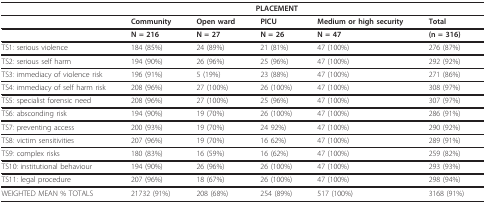
<table><thead><tr><td></td><td colspan="4"><b>PLACEMENT</b></td><td></td></tr></thead><tbody><tr><td></td><td><b>Community</b></td><td><b>Open ward</b></td><td><b>PICU</b></td><td><b>Medium or high security</b></td><td><b>Total</b></td></tr><tr><td></td><td><b>N = 216</b></td><td><b>N = 27</b></td><td><b>N = 26</b></td><td><b>N = 47</b></td><td><b>(n = 316)</b></td></tr><tr><td>TS1: serious violence</td><td>184 (85%)</td><td>24 (89%)</td><td>21 (81%)</td><td>47 (100%)</td><td>276 (87%)</td></tr><tr><td>TS2: serious self harm</td><td>194 (90%)</td><td>26 (96%)</td><td>25 (96%)</td><td>47 (100%)</td><td>292 (92%)</td></tr><tr><td>TS3: immediacy of violence risk</td><td>196 (91%)</td><td>5 (19%)</td><td>23 (88%)</td><td>47 (100%)</td><td>271 (86%)</td></tr><tr><td>TS4: immediacy of self harm risk</td><td>208 (96%)</td><td>27 (100%)</td><td>26 (100%)</td><td>47 (100%)</td><td>308 (97%)</td></tr><tr><td>TS5: specialist forensic need</td><td>208 (96%)</td><td>27 (100%)</td><td>25 (96%)</td><td>47 (100%)</td><td>307 (97%)</td></tr><tr><td>TS6: absconding risk</td><td>194 (90%)</td><td>19 (70%)</td><td>26 (100%)</td><td>47 (100%)</td><td>286 (91%)</td></tr><tr><td>TS7: preventing access</td><td>200 (93%)</td><td>19 (70%)</td><td>24 92%)</td><td>47 (100%)</td><td>290 (92%)</td></tr><tr><td>TS8: victim sensitivities</td><td>207 (96%)</td><td>19 (70%)</td><td>16 62%)</td><td>47 (100%)</td><td>289 (91%)</td></tr><tr><td>TS9: complex risks</td><td>180 (83%)</td><td>16 (59%)</td><td>16 (62%)</td><td>47 (100%)</td><td>259 (82%)</td></tr><tr><td>TS10: institutional behaviour</td><td>194 (90%)</td><td>26 (96%)</td><td>26 (100%)</td><td>47 (100%)</td><td>293 (93%)</td></tr><tr><td>TS11: legal procedure</td><td>207 (96%)</td><td>18 (67%)</td><td>26 (100%)</td><td>47 (100%)</td><td>298 (94%)</td></tr><tr><td>WEIGHTED MEAN % TOTALS</td><td>21732 (91%)</td><td>208 (68%)</td><td>254 (89%)</td><td>517 (100%)</td><td>3168 (91%)</td></tr></tbody></table>